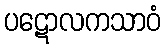
ပဋောလကသာဝံ